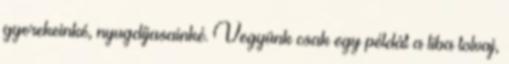
gyerekeinké, nyugdíjasainké. Vegyünk csak egy példát a liba tolvaj,